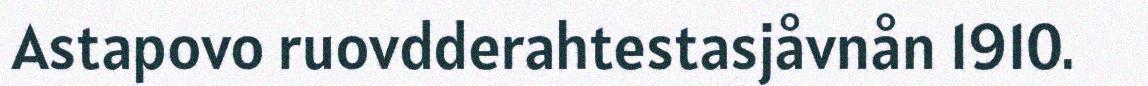
Astapovo ruovdderahtestasjåvnån 1910.